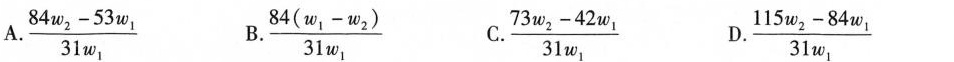
A. $$\frac { 8 4 w _ { 2 } - 5 3 w _ { 1 } } { 3 1 w _ { 1 } }$$ B. $$\frac { 8 4 ( w _ { 1 } - w _ { 2 } ) } { 3 1 w _ { 1 } }$$ C. $$\frac { 7 3 w _ { 2 } - 4 2 w _ { 1 } } { 3 1 w _ { 1 } }$$ D.$$\frac { 1 1 5 w _ { 2 } - 8 4 w _ { 1 } } { 3 1 w _ { 1 } }$$